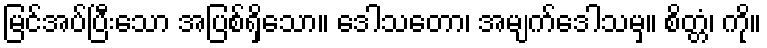
မြင်အပ်ပြီးသော အပြစ်ရှိသော။ ဒေါသတော၊ အမျက်ဒေါသမှ။ စိတ္တံ၊ ကို။